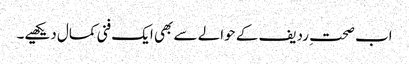
اب صحتِ ردیف کے حوالے سے بھی ایک فنی کمال دیکھیے۔